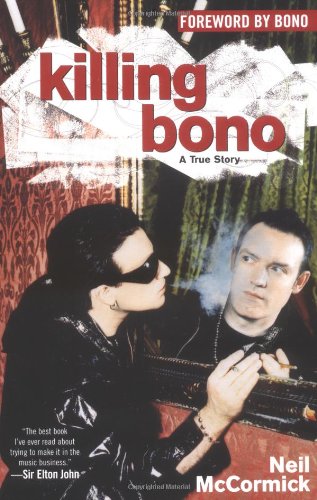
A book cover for Killing Bono: I Was Bono's Doppelganger; Neil McCormick; Biographies & Memoirs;